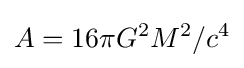
A=16\pi G^{2}M^{2}/c^{4}